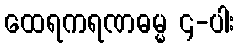
ထေရကရဏဓမ္မ ၄-ပါး